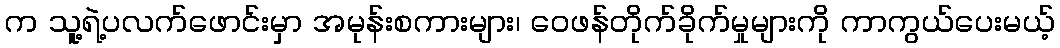
က သူ့ရဲ့ပလက်ဖောင်းမှာ အမုန်းစကားများ၊ ဝေဖန်တိုက်ခိုက်မှုများကို ကာကွယ်ပေးမယ့်